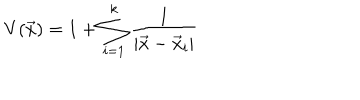
V ( \vec { x } ) = 1 + \sum _ { i = 1 } ^ { k } { \frac { 1 } { | \vec { x } - \vec { x } _ { i } | } }